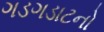
ગડગડાટનો